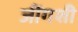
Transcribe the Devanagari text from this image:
जींगशी